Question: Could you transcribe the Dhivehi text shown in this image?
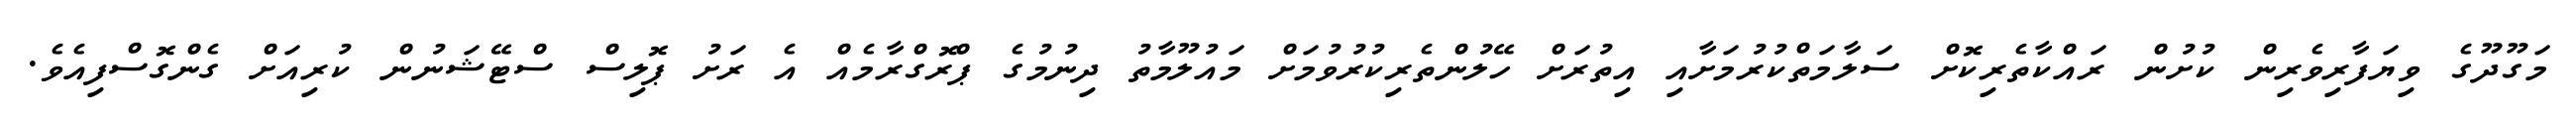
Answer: މަގޫދޫގެ ވިޔަފާރިވެރިން ކުށުން ރައްކާތެރިކޮށް ސަލާމަތްކުރުމަށާއި އިތުރަށް ހޭލުންތެރިކުރުވުމަށް މައުލޫމާތު ދިނުމުގެ ޕްރޮގްރާމެއް އެ ރަށު ޕޮލިސް ސްޓޭޝަނުން ކުރިއަށް ގެންގޮސްފިއެވެ.